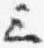
三